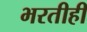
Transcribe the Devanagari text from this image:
भरतीही